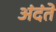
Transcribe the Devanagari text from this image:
अंदंते